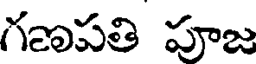
గణపతి పూజ